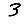
Digit: 3